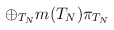
\begin{align*}\oplus _{T_{N}}m(T_{N})\pi _{T_{N}}\,\,\,\,\end{align*}